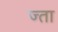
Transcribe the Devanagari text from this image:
ज्ता